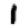
Digit: 1